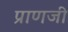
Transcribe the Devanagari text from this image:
प्राणजी